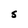
Character: S